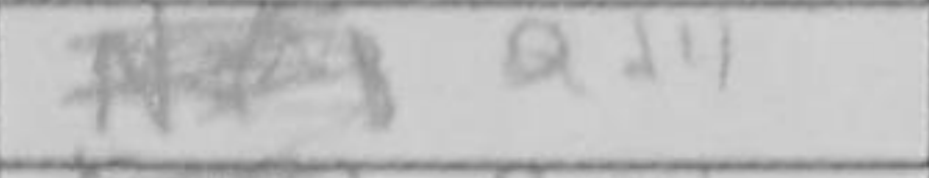
Transcription: Qd4